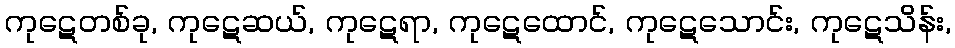
ကုဋေတစ်ခု, ကုဋေဆယ်, ကုဋေရာ, ကုဋေထောင်, ကုဋေသောင်း, ကုဋေသိန်း,